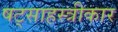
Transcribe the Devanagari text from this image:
षट्साहस्त्रीकार